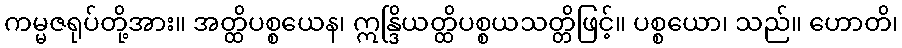
ကမ္မဇရုပ်တို့အား။ အတ္ထိပစ္စယေန၊ ဣန္ဒြိယတ္ထိပစ္စယသတ္တိဖြင့်။ ပစ္စယော၊ သည်။ ဟောတိ၊